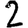
Digit: 2